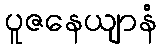
ပူဇနေယျာနံ